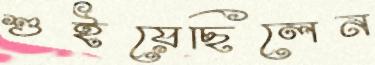
শুইয়েছিলেন